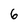
Character: 6